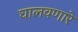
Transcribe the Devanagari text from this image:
घालवणारे